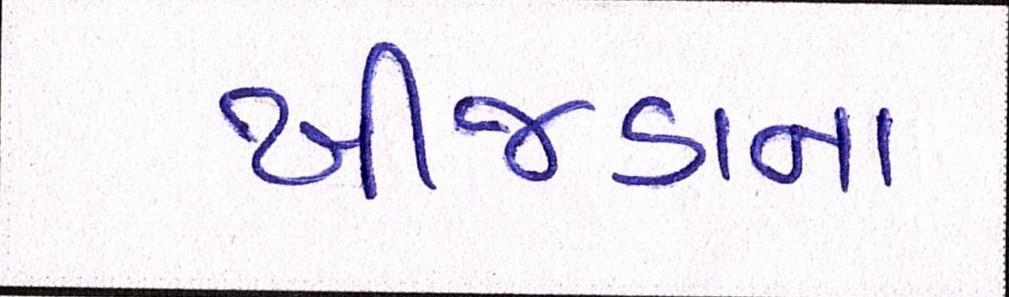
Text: ખીજડાના